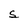
Character: S